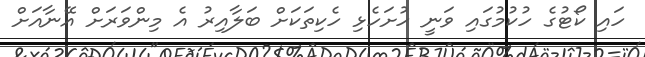
ހައި ކޯޓުގެ ހުކުމުގައި ވަނީ ހުށަހެޅި ހެކިތަކަށް ބަލާއިރު އެ މިންވަރަށް އޭނާއަށް